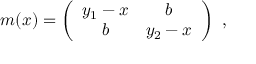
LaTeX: m ( x ) = \left( \begin{array} { c c } { { y _ { 1 } - x } } & { { b } } \\ { { b } } & { { y _ { 2 } - x } } \end{array} \right) ~ ,